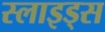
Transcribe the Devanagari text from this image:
स्‍लाइड्स